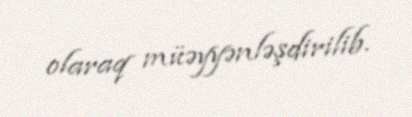
olaraq müəyyənləşdirilib.